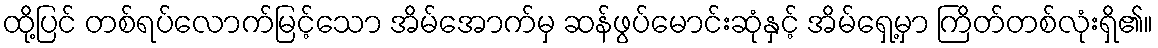
ထို့ပြင် တစ်ရပ်လောက်မြင့်သော အိမ်အောက်မှ ဆန်ဖွပ်မောင်းဆုံနှင့် အိမ်ရှေ့မှာ ကြိတ်တစ်လုံးရှိ၏။